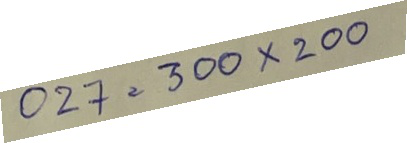
027 = 300 x 200